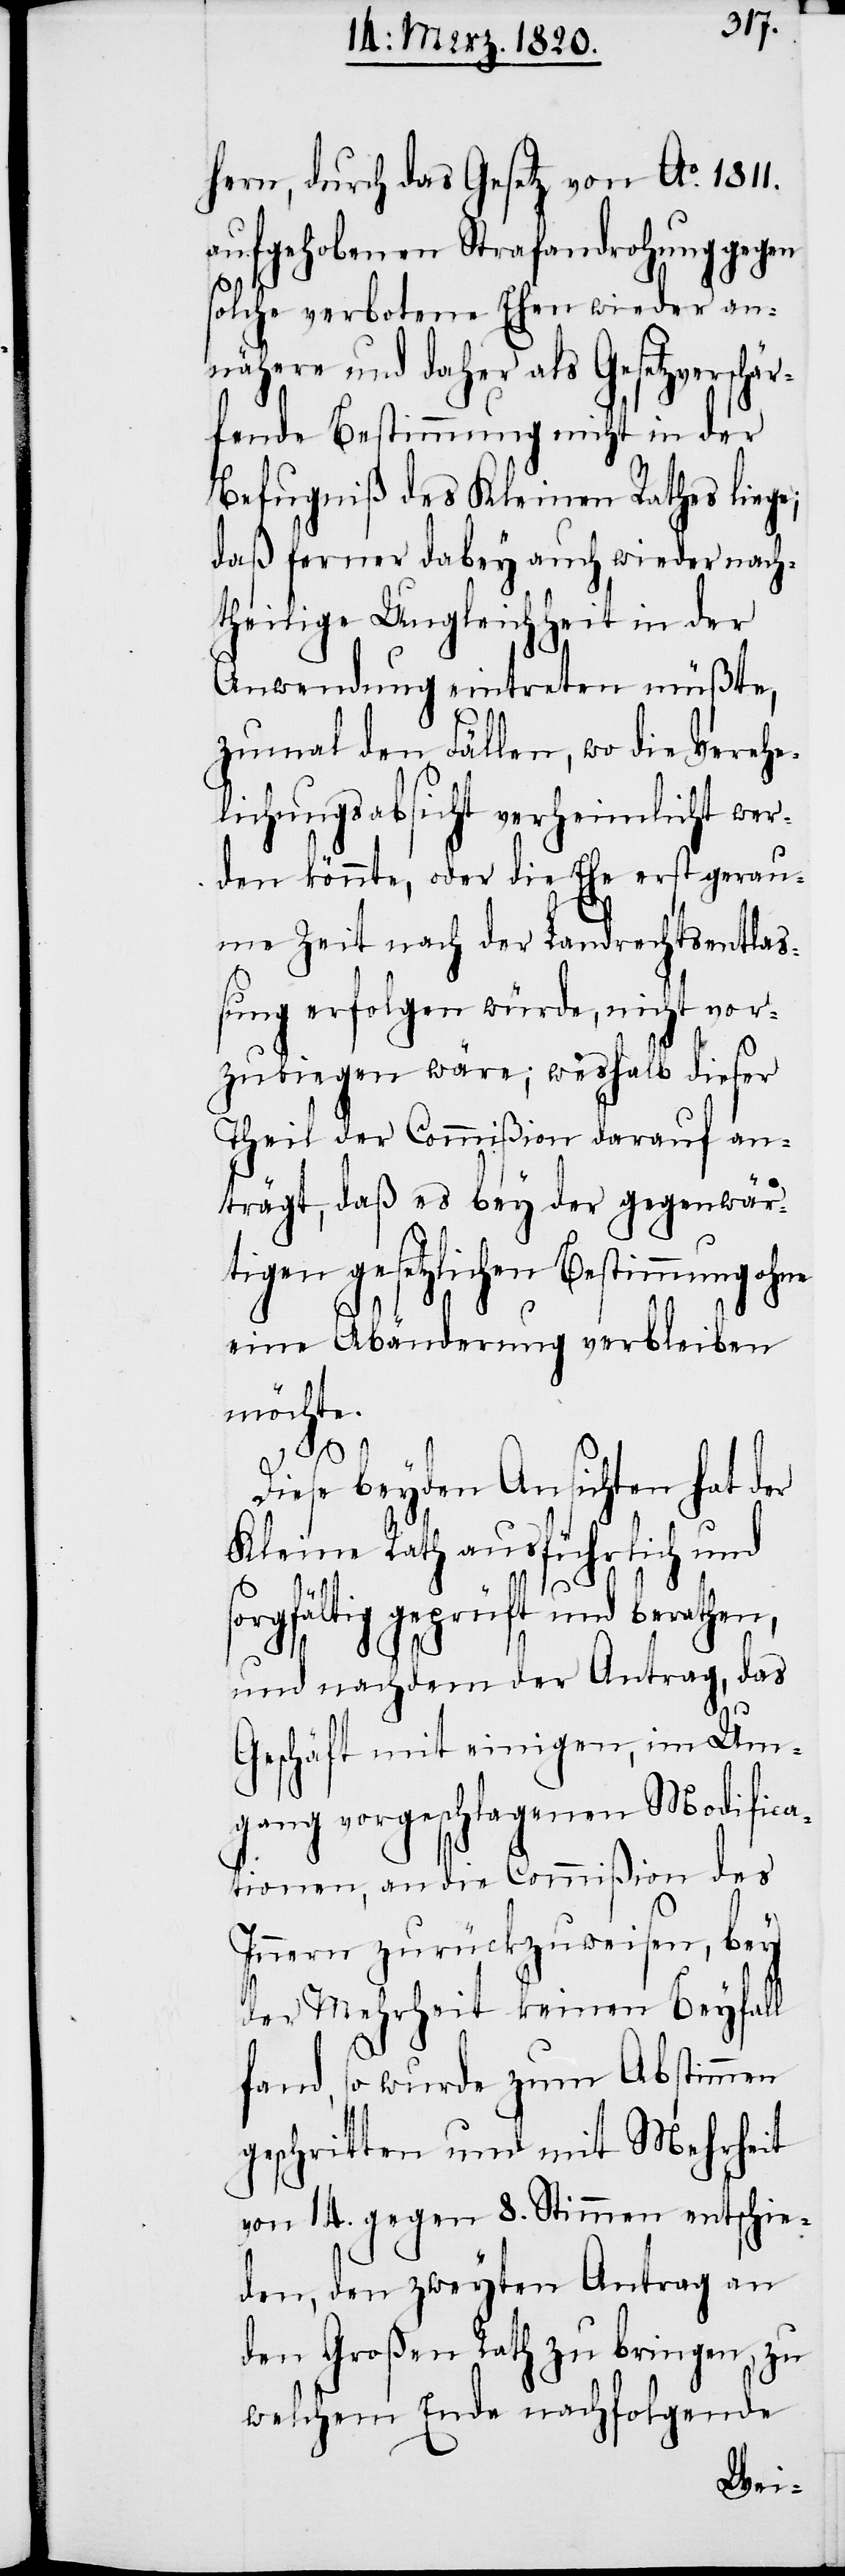
hern, durch das Gesetz von Ao. 1811.
aufgehobenen Strafandrohung gegen
solche verbotene Ehen wieder an¬
nähere und daher als Gesetzverschär¬
fende Bestimmung nicht in der
Befugniß des Kleinen Rathes liege;
daß ferner dabey auch wieder nach¬
theilige Ungleichheit in der
Anwendung eintreten müßte,
zumal den Fällen, wo die Verehe¬
lichungsabsicht verheimlicht wer¬
den könnte, oder die Ehe erst gerau¬
me Zeit nach der Landrechtsentlaß¬
ung erfolgen würde, nicht vor¬
zubiegen wäre; weshalb dieser
Theil der Commißion darauf an¬
trägt, daß es bey der gegenwär¬
tigen gesetzlichen Bestimmung oh¬
eine Abänderung verbleiben
möchte.
s¬
Diese beyden Ansichten hat der
Kleine Rath ausführlich und
orgfältig geprüft und berathen,
und nachdem der Antrag, das
Geschäft mit einigen, im Um¬
gang vorgeschlagenen Modific¬
ationen, an die Commißion des
Innern zurückzuweisen, bey
der Mehrheit keinen Beyfall
fand, so wurde zum Abstimmen
geschritten und mit Mehrheit
von 14. gegen 8. Stimmen entschie¬
den, den zweyten Antrag an
den Großen Rath zu bringen, zu
welchem Ende nachfolgende